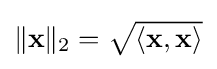
{\textstyle \|\mathbf {x} \|_{2}={\sqrt {\langle \mathbf {x} ,\mathbf {x} \rangle }}}